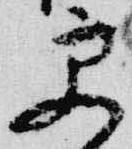
更